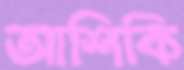
আশিকি